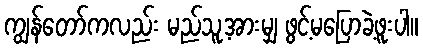
ကျွန်တော်ကလည်း မည်သူ့အားမျှ ဖွင့်မပြောခဲ့ဖူးပါ။